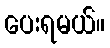
ပေးရမယ်။